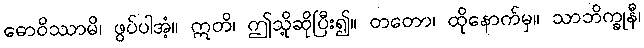
ဓောဝိဿာမိ၊ ဖွပ်ပါအံ့။ ဣတိ၊ ဤသို့ဆိုပြီး၍။ တတော၊ ထိုနောက်မှ။ သာဘိက္ခုနီ၊